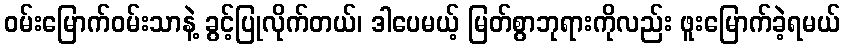
ဝမ်းမြောက်ဝမ်းသာနဲ့ ခွင့်ပြုလိုက်တယ်၊ ဒါပေမယ့် မြတ်စွာဘုရားကိုလည်း ဖူးမြောက်ခဲ့ရမယ်